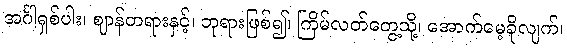
အင်္ဂါရှစ်ပါး၊ ဈာန်တရားနှင့်၊ ဘုရားဖြစ်၍၊ ကြိမ်လတ်တွေ့သို့၊ အောက်မေ့ခိုလျက်၊